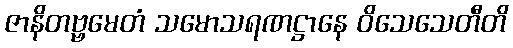
ဇာနိတဗ္ဗမေတံ သမောသရဏဋ္ဌာနေ ဝိသေသေတီတိ